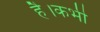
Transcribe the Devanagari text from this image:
है।कभी